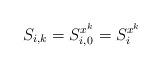
LaTeX: \begin{align*}S_{i,k}=S^{x^k}_{i,0}=S^{x^k}_i\end{align*}